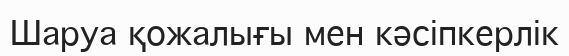
Шаруа қожалығы мен кәсіпкерлік